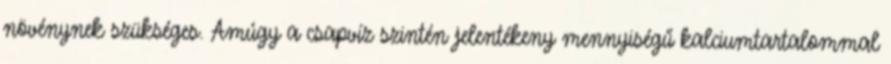
növénynek szükséges. Amúgy a csapvíz szintén jelentékeny mennyiségű kalciumtartalommal